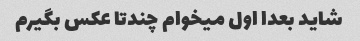
شاید بعدا اول میخوام چندتا عکس بگیرم